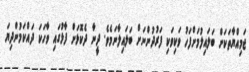
ޖަމިއްޔާތަކަށް ބަލައިލުމަށްފަހު ވަކިވަކި ފަރުދުންނަށް ބަލައިލާނަމެވެ. ދީނާ ދެކޮޅަށް ފާޅުގައި ވާހަކަ ދައްކަމުންދިޔަ